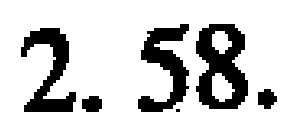
$2.58$